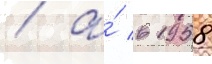
/ а́ в 1958